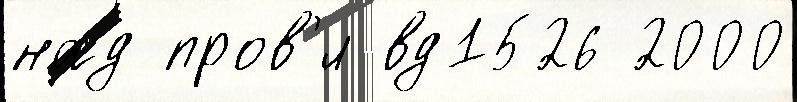
над пров'́л вд1526 2000